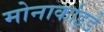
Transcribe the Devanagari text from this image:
मोनार्काइडे